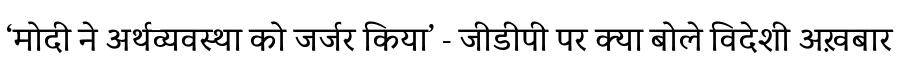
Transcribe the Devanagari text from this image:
‘मोदी ने अर्थव्यवस्था को जर्जर किया’ - जीडीपी पर क्या बोले विदेशी अख़बार